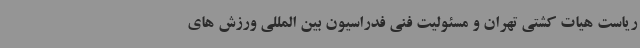
ریاست هیات کشتی تهران و مسئولیت فنی فدراسیون بین المللی ورزش های